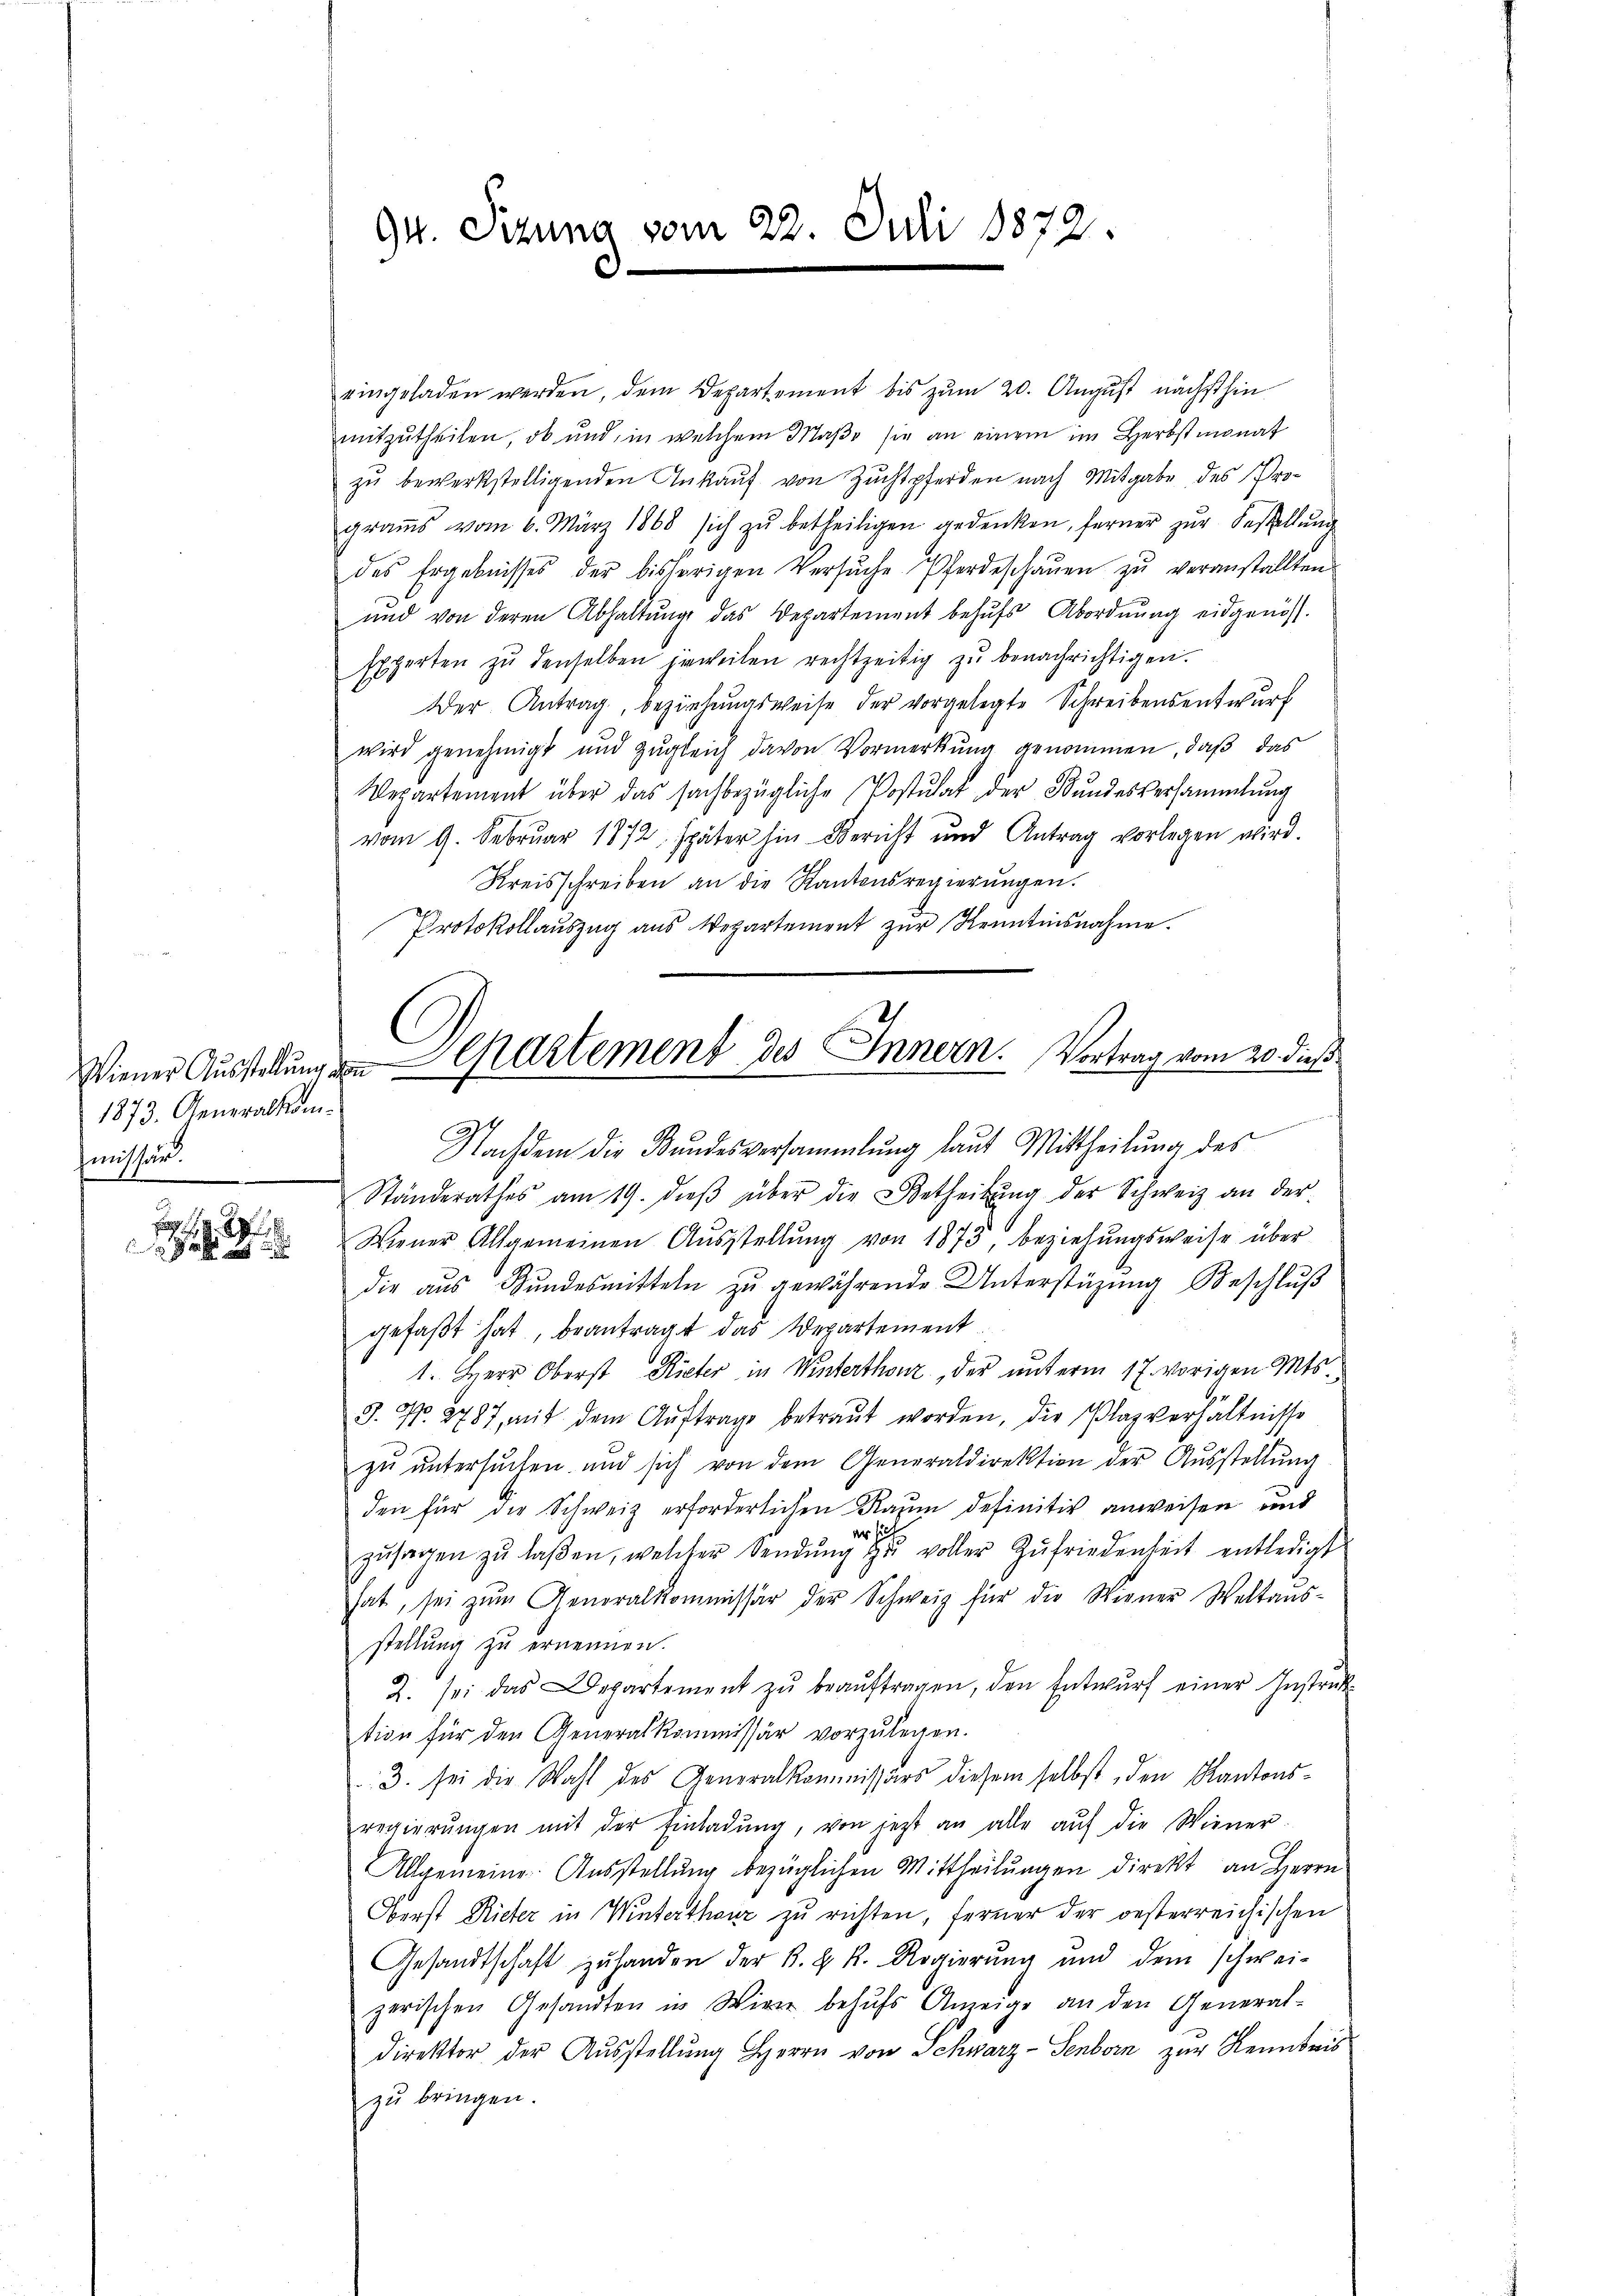
9

1873. Generalkomfmnissen.

eingeladen werden, dem Departement bis zum 20. August nächsthin
mitzutheilen, ob und in welchem Maße sie an einem im Herbstmonat
zŭ bewerkstelligenden Ankaŭf von Zŭchtpferden nach Mitgabe des Prograṁs vom 6. März 1868 sich zŭ betheiligen gedenken, ferner zŭr Bestellŭng
des Ergebnisses der bisherigen Versŭche Pferdeschaŭen zŭ veranstallten
und von deren Abhaltŭng das Departement behŭfs Abordnŭng eidgenöss.
Experten zŭ denselben jeweilen rechtzeitig zŭ benachrichtigen.
Der Antrag, beziehungsweise der vorgelegte Schreibensentwurf
wird genehmigt und zugleich davon Vormerkung genommen, daß das
Vepartement über das sachbezügliche Postulat der Bŭndesversammlung
vom 9. Februar 1872, später hin Bericht und Antrag vorlegen wird.
Kreisschreiben an die Kantonsregierŭngen.
Protokollauszug aus Departement zur Kenntnisnahme.
Nachdem die Bŭndesversammlung laut Mittheilŭng des
Ständerathes am 19. dieβ über die Betheilŭng der Schweiz an der
Wiener Allgemeinen Aŭsstellŭng von 1873, beziehungsweise über
die aŭs Bŭndesmitteln zŭ gewährende Unterstüzung Beschlŭβ
gefaßt hat, beantragt das Departement
1. Herr Oberst Rieter in Winterthouz, der ŭnterm 17. vorigen Mts.,
3. No. 2787, mit dem Aŭftrage betraŭt worden, die Plazverhältnisse
zŭ ŭntersŭchen und sich von dem Generaldirektion der Aŭsstellŭng
den für die Schweiz erforderlichen Raum definitiv anweisen und
er sich
zŭsagen zŭ laβen, welcher Sendŭng zŭ voller Zufriedenheit entledigt
hat, sei zŭm Generalkommissär der Schweiz für die Wiener Weltaŭs-
stellung zu ernennen.
2. sei das Departement zŭ beaŭftragen, den Entwŭrf einer Instruk
tion für den Generalkommissär vorzulegen.
3. sei die Wahl des Generalkommissärs diesem selbst, den Kantonsregierŭngen mit der Einladŭng, von jetzt an alle aŭf die Wiener-
Allgemeine Aŭsstellŭng bezüglichen Mittheilŭngen direkt an Herrn
Oberst Rieter in Winterthouz zu richten, ferner der oesterreichischen
Gesandtschaft zu handen der k. k. k. Regierung und dem schwei-
zerischen Gesandten in Wien behŭfs Anzeige an den General-
direktor der Ausstellung Herrn von Schwarz-Senborn zur Kenntnis
zu bringen.

94. Sizung vom 22. Juli 1872.

Wiener Ausstellung von Chartement des Innern. Vortrag vom 20. dieß